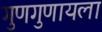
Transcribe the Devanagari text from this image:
गुणगुणायला